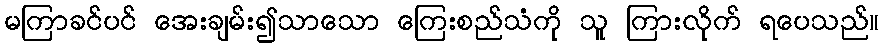
မကြာခင်ပင် အေးချမ်း၍သာသော ကြေးစည်သံကို သူ ကြားလိုက် ရပေသည်။